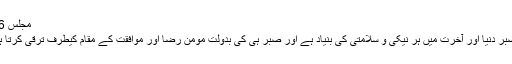
مجلس 56)
* صبر دنیا اور آخرت میں ہر نیکی و سلامتی کی بنیاد ہے اور صبر ہی کی بدولت مومن رضا اور موافقت کے مقام کیطرف ترقی کرتا ہے۔